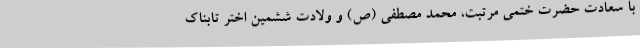
با سعادت حضرت ختمی مرتبت، محمد مصطفی (ص) و ولادت ششمین اختر تابناک